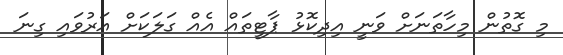
މި ގޮތުން މިހާތަނަށް ވަނީ އިދިކޮޅު ޕާޓީތައް އެއް ގަލަކަށް އަރުވައި ގިނަ